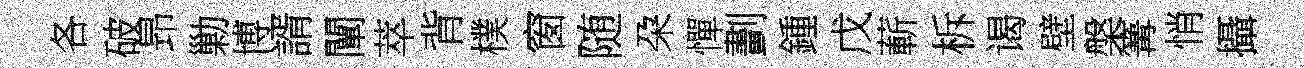
各破昻勦博諝闡萃背樸窗随朶憚劃鍾戊蔪柝谒壁槃篝悄攝